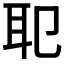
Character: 𦔶